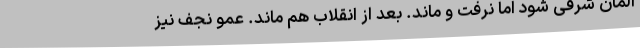
آلمان شرقی شود اما نرفت و ماند. بعد از انقلاب هم ماند. عمو نجف نیز